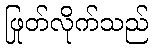
ဖြုတ်လိုက်သည်